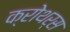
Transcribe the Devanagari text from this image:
क्रोथर्स